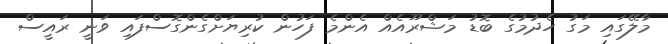
މާލޭގައި މަގު ހެދުމުގެ ބޮޑު މަޝްރޫއެއް އެންމެ ފަހުން ކުރިޔަށްގެންގޮސްފައި ވަނީ ރައީސް